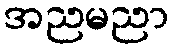
အညမညာ